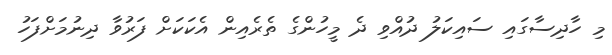
މި ހާދިސާގައި ސައިކަލު ދުއްވި ދެ މީހުންގެ ތެރެއިން އެކަކަށް ފަރުވާ ދިނުމަށްފަހު